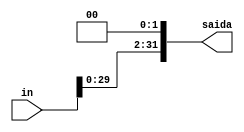
module DESVIO2ESQ(
	input wire[31:0] in,
	output wire[31:0] saida
);

reg[31:0] temp;

always @(in)
begin
	temp <= (in << 2);
end

assign saida = temp;

endmodule